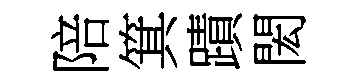
陪箕蹟閎